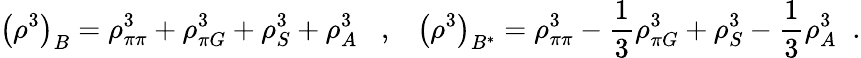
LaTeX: \left(\rho^{3}\right)_{B}=\rho_{\pi\pi}^{3}+\rho_{\pi G}^{3}+\rho_{S}^{3}+\rho_{A}^{3}\; \; \; ,\; \; \; \left(\rho^{3}\right)_{B^{*}}=\rho_{\pi\pi}^{3}-\frac{1}{3}\rho_{\pi G}^{3}+\rho_{S}^{3}-\frac{1}{3}\rho_{A}^{3}\; \; .